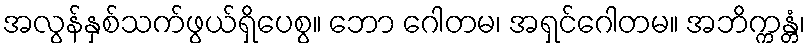
အလွန်နှစ်သက်ဖွယ်ရှိပေစွ။ ဘော ဂေါတမ၊ အရှင်ဂေါတမ။ အဘိက္ကန္တံ၊